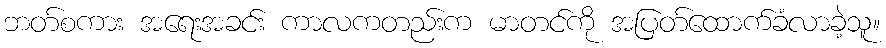
ဘတ်စကား အရေးအခင်း ကာလကတည်းက မာတင်ကို အပြတ်ထောက်ခံလာခဲ့သူ။